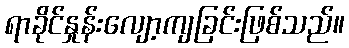
ရာခိုင်နှုန်းလျော့ကျခြင်းဖြစ်သည်။